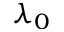
\lambda _ { 0 }